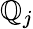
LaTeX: \mathbb{Q}_{j}